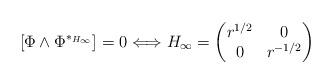
LaTeX: \begin{align*}[\Phi \wedge \Phi^{*_{H_\infty}}]=0 \Longleftrightarrow H_\infty = \begin{pmatrix} r^{1/2} & 0 \\ 0 & r^{-1/2} \end{pmatrix}\end{align*}